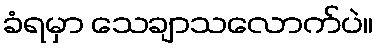
ခံရမှာ သေချာသလောက်ပဲ။